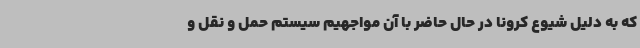
که به دلیل شیوع کرونا در حال حاضر با آن مواجهیم سیستم حمل و نقل و